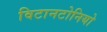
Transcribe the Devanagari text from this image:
विटानटोनियो